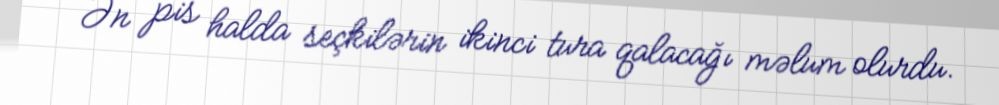
Ən pis halda seçkilərin ikinci tura qalacağı məlum olurdu.